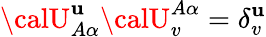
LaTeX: {\calU}_{A\alpha}^{\mathbf{u}}{\calU}_{v}^{A\alpha}=\delta_{v}^{\mathbf{u}}